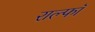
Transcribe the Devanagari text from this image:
राल्फॉ